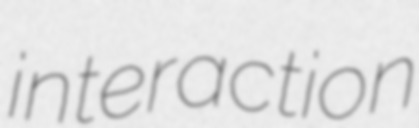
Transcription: interaction